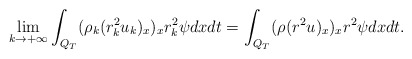
\begin{align*}\lim_{k\rightarrow+\infty}\int_{Q_T}(\rho_k(r_k^2u_k)_x)_xr_k^2\psi dxdt=\int_{Q_T}(\rho(r^2u)_x)_xr^2\psi dxdt.\end{align*}